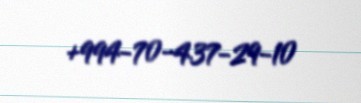
+994-70-437-29-10